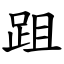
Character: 跙